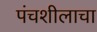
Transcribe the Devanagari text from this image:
पंचशीलाचा